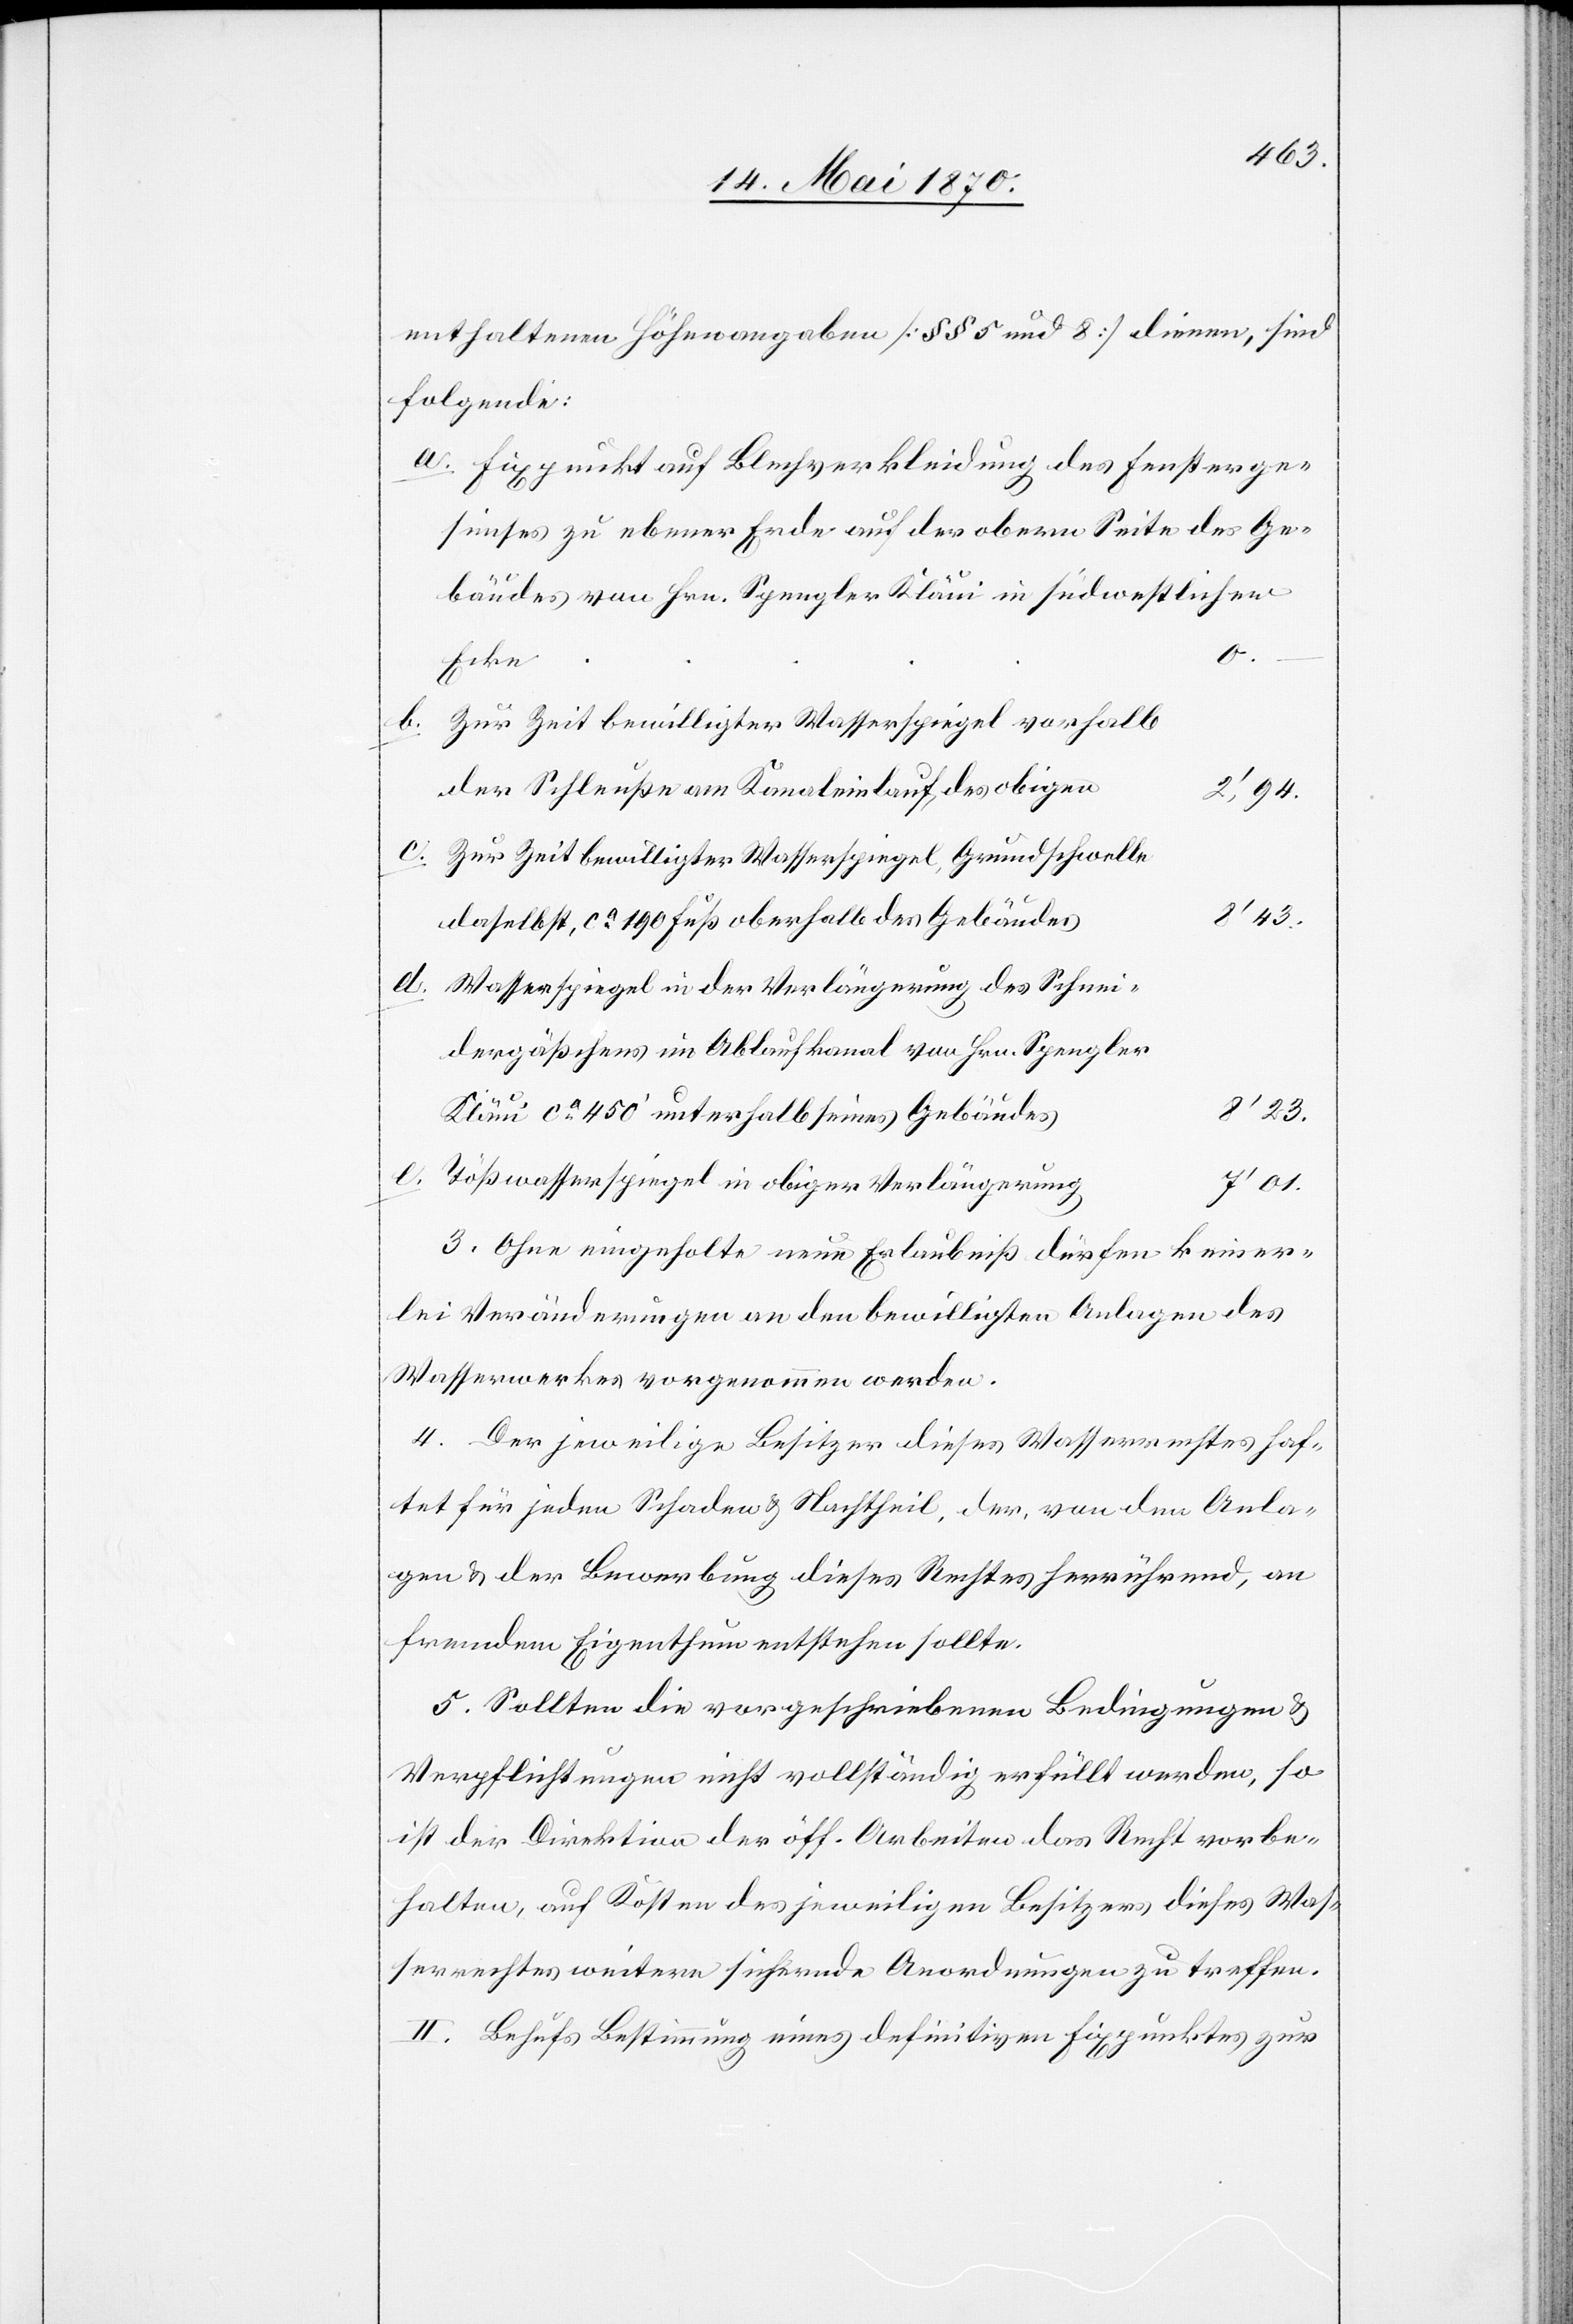
enthaltenen Höhenangaben [§§ 5 und 8] dienen, sind
folgende:
Fixpunkt auf Blechverkleidung des Fensterge¬
simses zu ebener Erde auf der obern Seite des Ge¬
bäudes von Hrn. Spengler Kläui in südwestlicher
Ecke
2‘,94.
c.
Zur Zeit bewilligter Wasserspiegel, Grundschwelle
8’23.
daselbst, ca 190 Fuß oberhalb des Gebäudes
Wasserspiegel in der Verlängerung des Schnei¬
dergäßchens im Ablaufkanal von Hrn. Spengler
Kläui ca 450‘ unterhalb seines Gebäudes
e.
Tößwasserspiegel in obiger Verlängerung
7’01.
3. Ohne eingeholte neue Erlaubniß dürfen keiner¬
lei Veränderungen an den bewilligten Anlagen des
Wasserwerkes vorgenommen werden.
4. Der jeweilige Besitzer dieses Wasserrechtes haf¬
tet für jeden Schaden & Nachtheil, der, von den Anla¬
gen & der Bewerbung dieses Rechtes herrührend, an
fremdem Eigenthum entstehen sollte.
5. Sollten die vorgeschriebenen Bedingungen &
Verpflichtungen nicht vollständig erfüllt werden, so
ist der Direktion der öff. Arbeiten das Recht vorbe¬
halten, auf Kosten des jeweiligen Besitzers dieses Was¬
serrechtes weitere sichernde Anordnungen zu treffen.
II. Behufs Bestimmung eines definitiven Fixpunktes zur